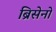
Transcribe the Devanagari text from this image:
ब्रिसेनो